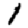
Digit: 1